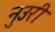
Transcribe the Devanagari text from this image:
नुउरी